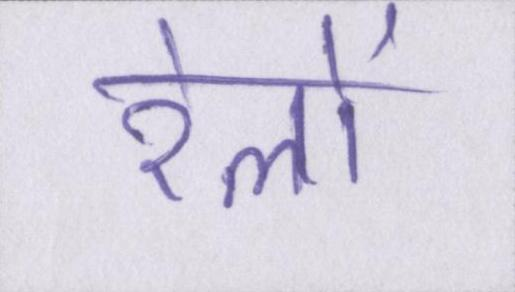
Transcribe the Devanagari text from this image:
रेलों